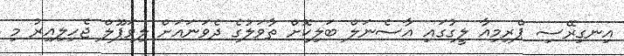
އިނގިރޭސި ޕްރިމިއާ ލީގުގައި އާސެނަލް ބަލިކޮށް ތާވަލުގެ ދެވަނައަށް ލިވަޕޫލް ޖެހިލިއިރު މި